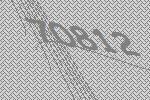
70812